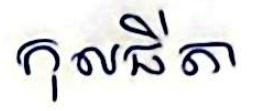
កុលធីតា